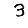
Digit: 3